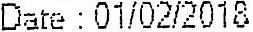
DATE : 01/02/2018